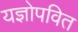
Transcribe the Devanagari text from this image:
यज्ञोपवित